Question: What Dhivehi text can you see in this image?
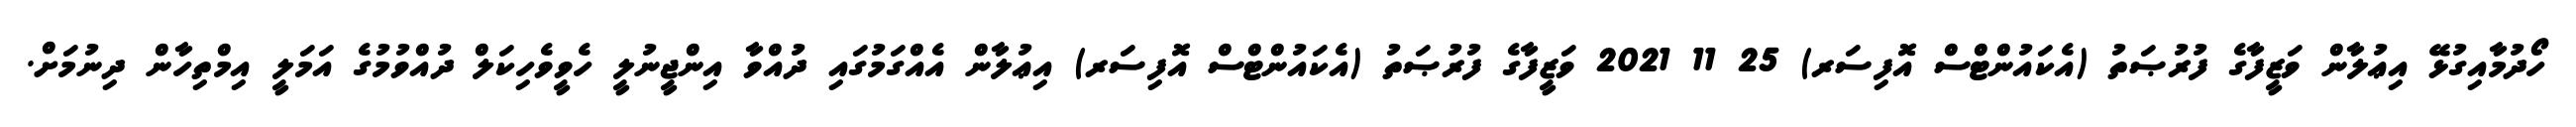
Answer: ހޯދުމާއިގުޅޭ އިޢުލާން ވަޒީފާގެ ފުރުޞަތު (އެކައުންޓްސް އޮފިސަރ) 25 11 2021 ވަޒީފާގެ ފުރުޞަތު (އެކައުންޓްސް އޮފިސަރ) އިޢުލާން އެއްގަމުގައި ދުއްވާ އިންޖީނުލީ ހެވީވެހިކަލް ދުއްވުމުގެ އަމަލީ އިމްތިހާން ދިނުމަށް.